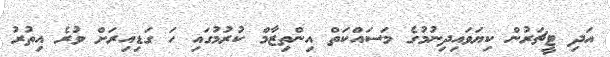
އަދި ޓީޗަރުން ކިޔަވައިދިނުމުގެ މަސައްކަތް އިންތިޒާމް ކުރުމުގައި ހަ ގަޑިއިރަށް ވުރެ އިތުރު